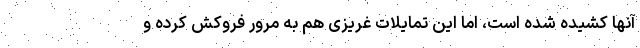
آنها کشیده شده است، اما این تمایلات غریزی هم به مرور فروکش کرده و